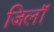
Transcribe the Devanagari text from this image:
जिलॉ